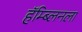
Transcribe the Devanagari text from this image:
हॅम्ब्लिनला